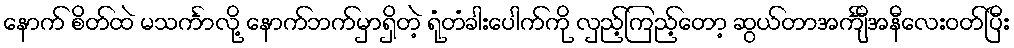
နောက် စိတ်ထဲ မသင်္ကာလို့ နောက်ဘက်မှာရှိတဲ့ ရုံတံခါးပေါက်ကို လှည့်ကြည့်တော့ ဆွယ်တာအင်္ကျီအနီလေးဝတ်ပြီး